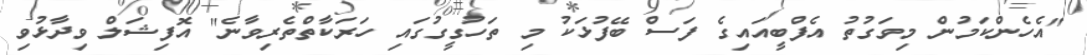
"އެހެންކަމުން މިވަގުތު އެފްބީއައިގެ ފަސް ބޭފުޅަކު މި ތަހުގީގުގައި ހަރަކާތްތެރިވާނެ" އޮފިޝަލް ވިދާޅުވި